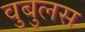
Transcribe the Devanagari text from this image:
वुबुलस